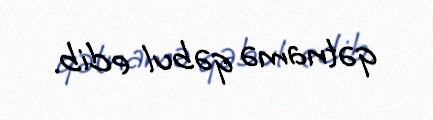
qətnamə qəbul edib.